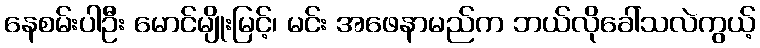
နေစမ်းပါဦး မောင်မျိုးမြင့်၊ မင်း အဖေနာမည်က ဘယ်လိုခေါ်သလဲကွယ့်